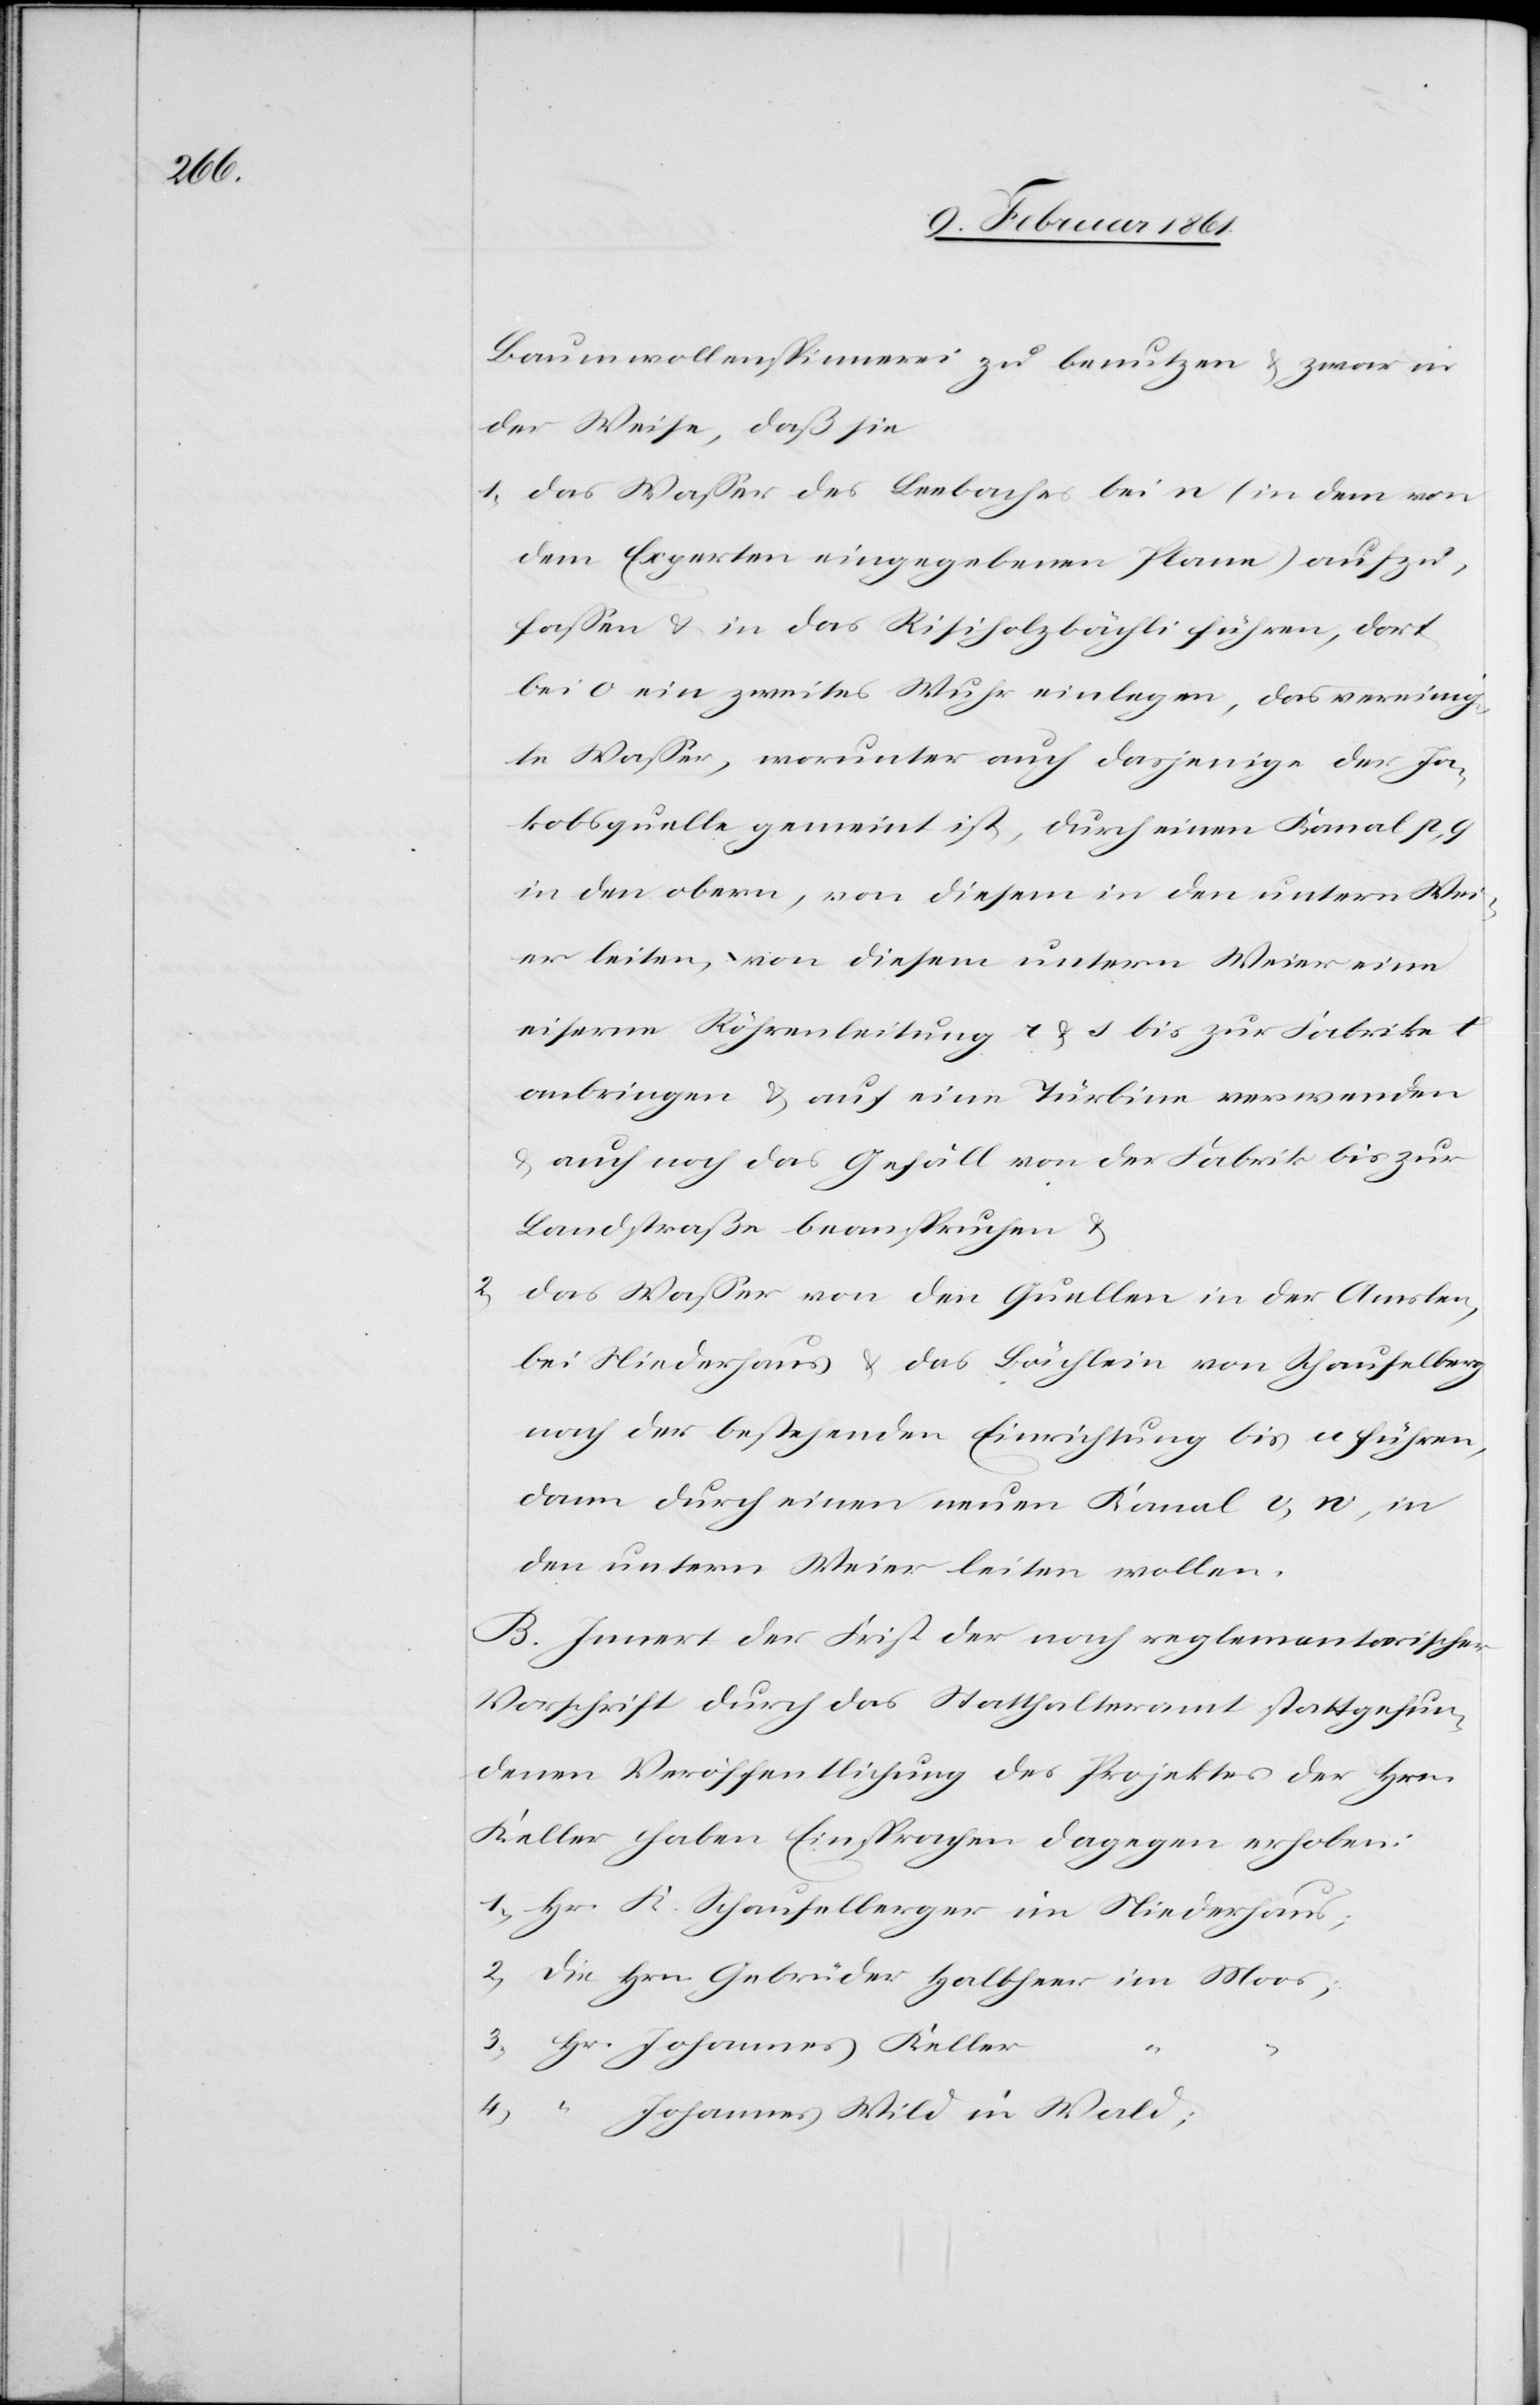
Baumwollenspinnerei zu benutzen u. zwar in
der Weise, daß sie
1) Das Wasser des Leebaches bei n (in dem von
dem Experten eingegebenen Plane) aufzu¬
fassen u. in das Risiholzbächli führen, dort
bei o ein zweites Wuhr einlegen, das vereinig¬
te Wasser, worunter auch dasjenige der Ja¬
kobsquelle gemeint ist, durch einen Kanal p, q
in den obern, von diesem in den untern We¬
ier leiten, von diesem untern Weier eine
eiserne Röhrenleitung r & s. bis zur Fabrik t
anzubringen u. auf eine Turbine verwenden
u. auch noch das Gefäll von der Fabrik bis zur
Landstraße beanspruchen u.
Das Wasser von den Quellen in der Amslen,
bei Niederhaus u. das Bächlein von Schaufelberg
nach der bestehenden Einrichtung bis u führen,
dann durch einen neuen Kanal v, w, in
den untern Weier leiten wollen.
B. Innert der Frist der nach reglementarischer
Vorschrift durch das Statthalteramt stattgefun¬
denen Veröffentlichung des Projektes der Hrn.
Keller haben Einsprachen dagegen erhoben:
Johannes Keller
4)
Johannes Wild in Wald;